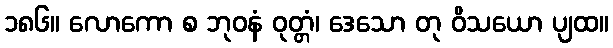
၁၈၆။ လောကော စ ဘုဝနံ ဝုတ္တံ၊ ဒေသော တု ဝိသယော ပျထ။